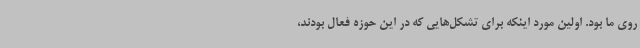
روی ما بود. اولین مورد اینکه برای تشکل‌هایی که در این حوزه فعال بودند،